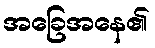
အခြေအနေ၏